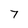
Character: 7